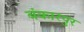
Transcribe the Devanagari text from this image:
बंकारपुर